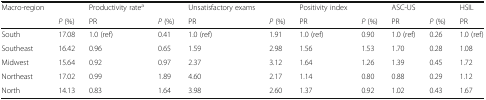
| Macro-region |  | Productivity ratea |  | Unsatisfactory exams |  | Positivity index |  | ASC-US |  | HSIL |
 |  | P (%) | PR | P (%) | PR | P (%) | PR | P (%) | PR | P (%) | PR |
 | --- | --- | --- | --- | --- | --- | --- | --- | --- | --- | --- |
 | South | 17.08 | 1.0 (ref) | 0.41 | 1.0 (ref) | 1.91 | 1.0 (ref) | 0.90 | 1.0 (ref) | 0.26 | 1.0 (ref) |
 | Southeast | 16.42 | 0.96 | 0.65 | 1.59 | 2.98 | 1.56 | 1.53 | 1.70 | 0.28 | 1.08 |
 | Midwest | 15.64 | 0.92 | 0.97 | 2.37 | 3.12 | 1.64 | 1.26 | 1.39 | 0.45 | 1.72 |
 | Northeast | 17.02 | 0.99 | 1.89 | 4.60 | 2.17 | 1.14 | 0.80 | 0.88 | 0.29 | 1.12 |
 | North | 14.13 | 0.83 | 1.64 | 3.98 | 2.60 | 1.37 | 0.92 | 1.02 | 0.43 | 1.67 |